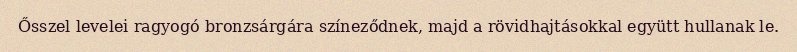
Ősszel levelei ragyogó bronzsárgára színeződnek, majd a rövidhajtásokkal együtt hullanak le.